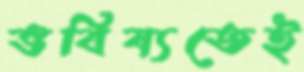
ভবিষ্যতেই